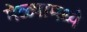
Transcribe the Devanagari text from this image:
मेळ्यामध्ये